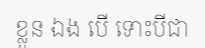
ខ្លួន ឯង បើ ទោះបីជា